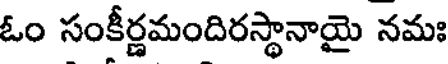
ఓం సంకీర్ణమందిరస్థానాయై నమః